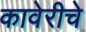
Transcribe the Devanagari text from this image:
कावेरीचे